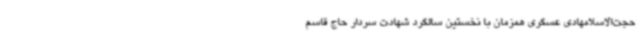
حجت‌الاسلامهادی عسگری همزمان با نخستین سالگرد شهادت سردار حاج قاسم